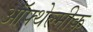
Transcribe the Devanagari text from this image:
ऑफ्थेल्मीक